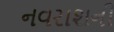
નવરાશની